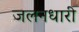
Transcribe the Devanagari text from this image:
जलनधारी